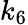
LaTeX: k_{6}